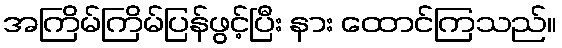
အကြိမ်ကြိမ်ပြန်ဖွင့်ပြီး နား ထောင်ကြသည်။